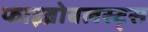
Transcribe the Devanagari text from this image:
फाइब्रोबलस्ट्स